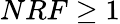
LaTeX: NRF\geq 1